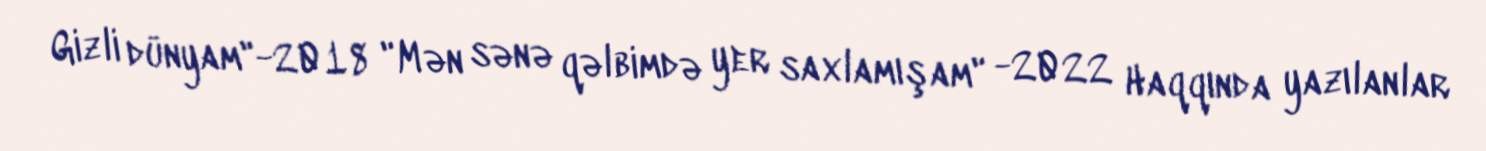
Gizli dünyam"-2018 "Mən sənə qəlbimdə yer saxlamışam" -2022 Haqqında yazılanlar